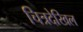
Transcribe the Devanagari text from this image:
चित्रदेखिल